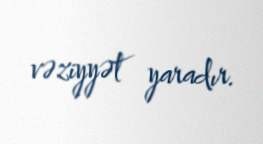
vəziyyət yaradır.